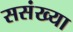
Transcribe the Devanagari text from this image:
ससंख्या